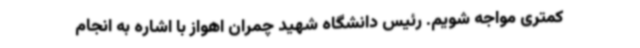
کمتری مواجه شویم. رئیس دانشگاه شهید چمران اهواز با اشاره به انجام